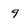
Character: 9